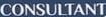
CONSULTANT